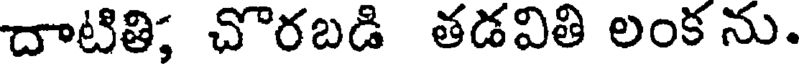
దాటితి; చొరబడి తడవితి లంక ను.